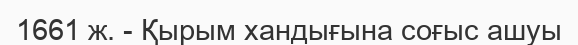
1661 ж. - Қырым хандығына соғыс ашуы